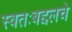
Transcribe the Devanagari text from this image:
स्वतःबद्दलचे